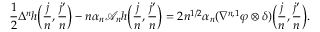
\frac { 1 } { 2 } \Delta ^ { n } h \bigg ( \frac { j } { n } , \frac { j ^ { \prime } } { n } \bigg ) - n \alpha _ { n } \mathscr { A } _ { n } h \bigg ( \frac { j } { n } , \frac { j ^ { \prime } } { n } \bigg ) = 2 n ^ { 1 / 2 } \alpha _ { n } ( \nabla ^ { n , 1 } \varphi \otimes \delta ) \bigg ( \frac { j } { n } , \frac { j ^ { \prime } } { n } \bigg ) .